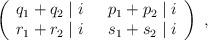
LaTeX: \begin{align*}\left( \begin{array}{cc} q_1 + q_2 \mid i & ~~p_1 + p_2 \mid i \\r_1 + r_2 \mid i & ~~s_1 + s_2 \mid i \end{array} \right)~,\end{align*}